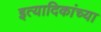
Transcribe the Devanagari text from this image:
इत्यादिकांच्या